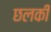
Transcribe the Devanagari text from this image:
छलकीं